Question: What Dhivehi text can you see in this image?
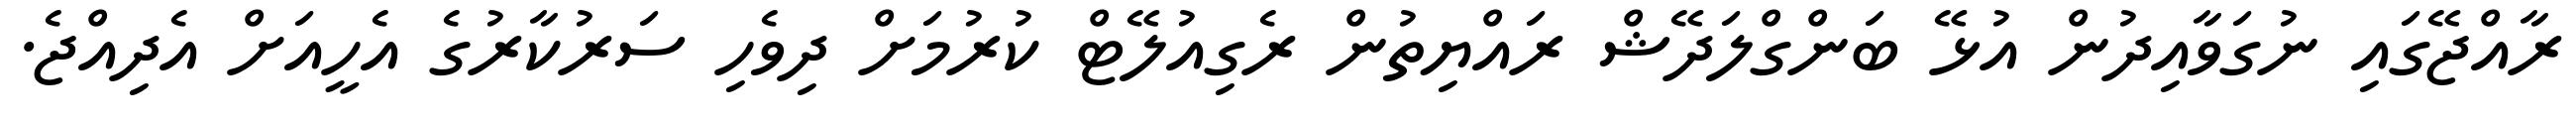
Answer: ރާއްޖޭގައި ނުގަވާއިދުން އުޅޭ ބަންގްލަދޭޝް ރައްޔިތުން ރެގިއުލޭޓް ކުރުމަށް ދިވެހި ސަރުކާރުގެ އެހީއަށް އެދިއްޖެ.